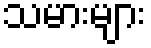
သမားများ